Problem: 5 × 8 = ?
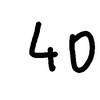
Handwritten answer: 40